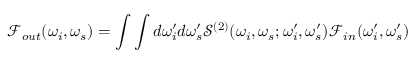
\mathcal { F } _ { o u t } ( \omega _ { i } , \omega _ { s } ) = \int \int d \omega _ { i } ^ { \prime } d \omega _ { s } ^ { \prime } \mathcal { S } ^ { ( 2 ) } ( \omega _ { i } , \omega _ { s } ; \omega _ { i } ^ { \prime } , \omega _ { s } ^ { \prime } ) \mathcal { F } _ { i n } ( \omega _ { i } ^ { \prime } , \omega _ { s } ^ { \prime } )